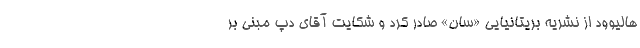
هالیوود از نشریه بریتانیایی «سان» صادر کرد و شکایت آقای دپ مبنی بر